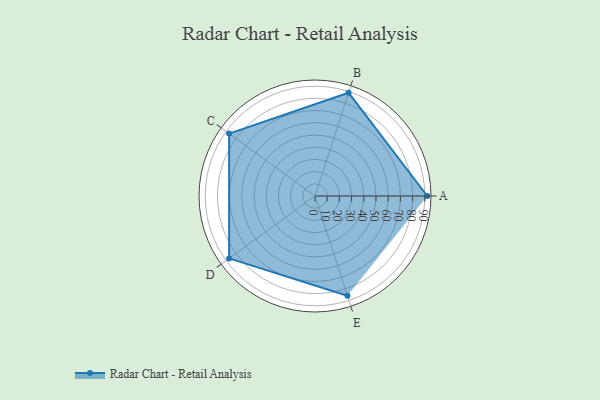
{"axis": {"x": "Skill", "y": "Score"}, "legend": ["Profile"], "data": [{"x": "A", "y": 92.0, "type": "Profile"}, {"x": "B", "y": 89.0, "type": "Profile"}, {"x": "C", "y": 87.0, "type": "Profile"}, {"x": "D", "y": 87.0, "type": "Profile"}, {"x": "E", "y": 86.0, "type": "Profile"}]}